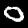
Label: 0